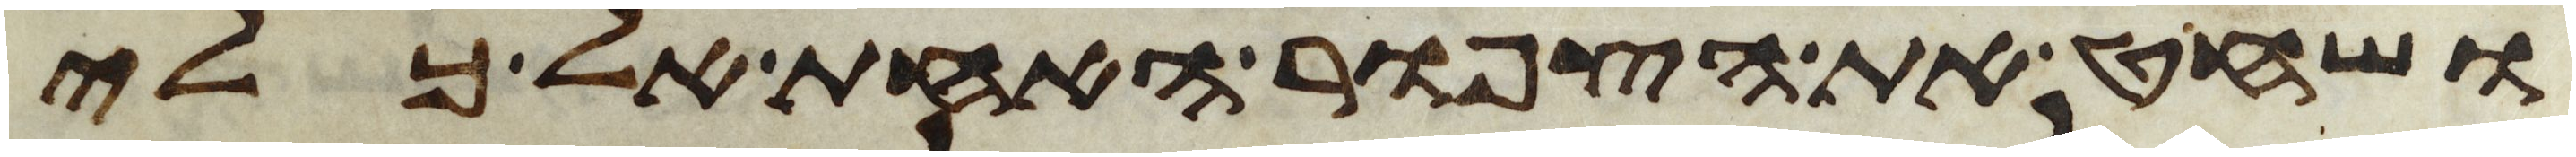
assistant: ושחט את הצפור האחת אל כלי